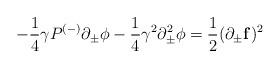
LaTeX: \begin{align*}- \frac{1}{4}\gamma P^{(-)} \partial_{\pm}\phi - \frac{1}{4} \gamma^2\partial^2_{\pm}\phi = \frac{1}{2} (\partial_{\pm}{\bf f})^2\end{align*}